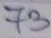
73